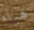
هباء